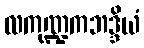
လကုဏ္ဍကဘဒ္ဒိယံ